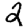
Digit: 2